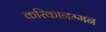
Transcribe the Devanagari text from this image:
करिकानम्मन